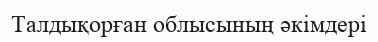
Талдықорған облысының әкімдері